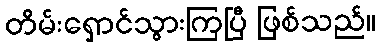
တိမ်းရှောင်သွားကြပြီ ဖြစ်သည်။